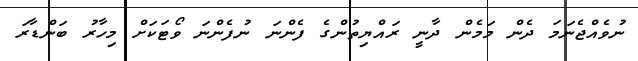
ނުވެއްޖެނަމަ ދެން މަމެން ދާނީ ރައްޔިތުންގެ ފެންނަ ނުފެންނަ ވޯޓަކަށް މިހާރު ބަންޑާރަ